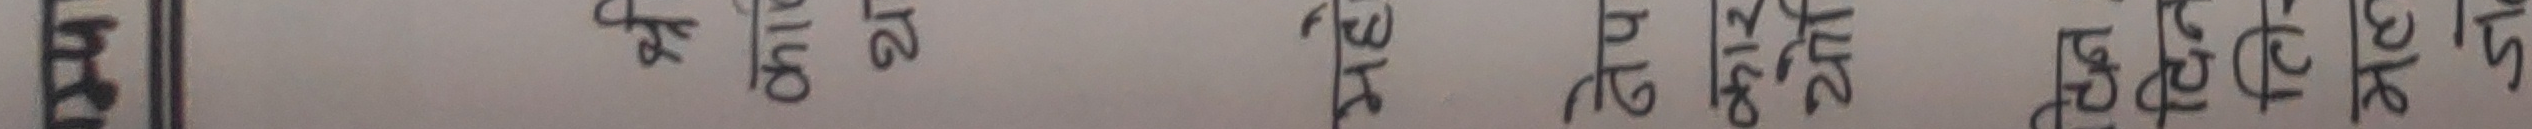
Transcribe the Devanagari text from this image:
पल्लो ओल्लो न्यु लाइक उत्स अर्क